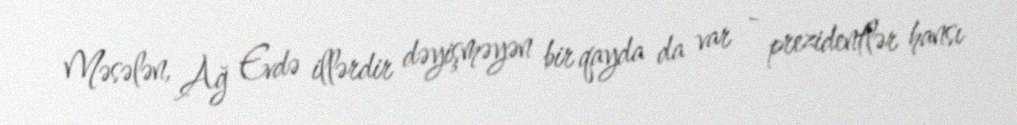
Məsələn, Ağ Evdə illərdir dəyişməyən bir qayda da var - prezidentlər hansı